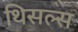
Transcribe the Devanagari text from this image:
थिसल्स